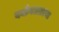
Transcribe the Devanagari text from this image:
वयोगटातल्या